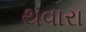
થવારા